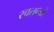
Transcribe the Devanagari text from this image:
स्वतन्त्रो